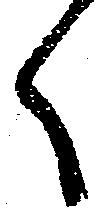
く